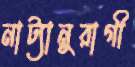
নাট্যানুরাগী